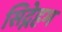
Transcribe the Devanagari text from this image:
सिद्नेहम